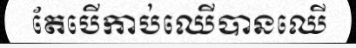
តែបើកាប់ឈើបានឈើ